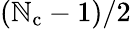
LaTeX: (\mathbb{N}_{\mathrm{{c}}}-1)/2